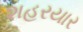
શહરયાર